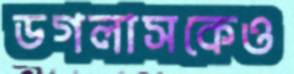
ডগলাসকেও